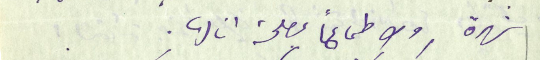
شهرة ولا طماعًا بمصلحة انا لها.